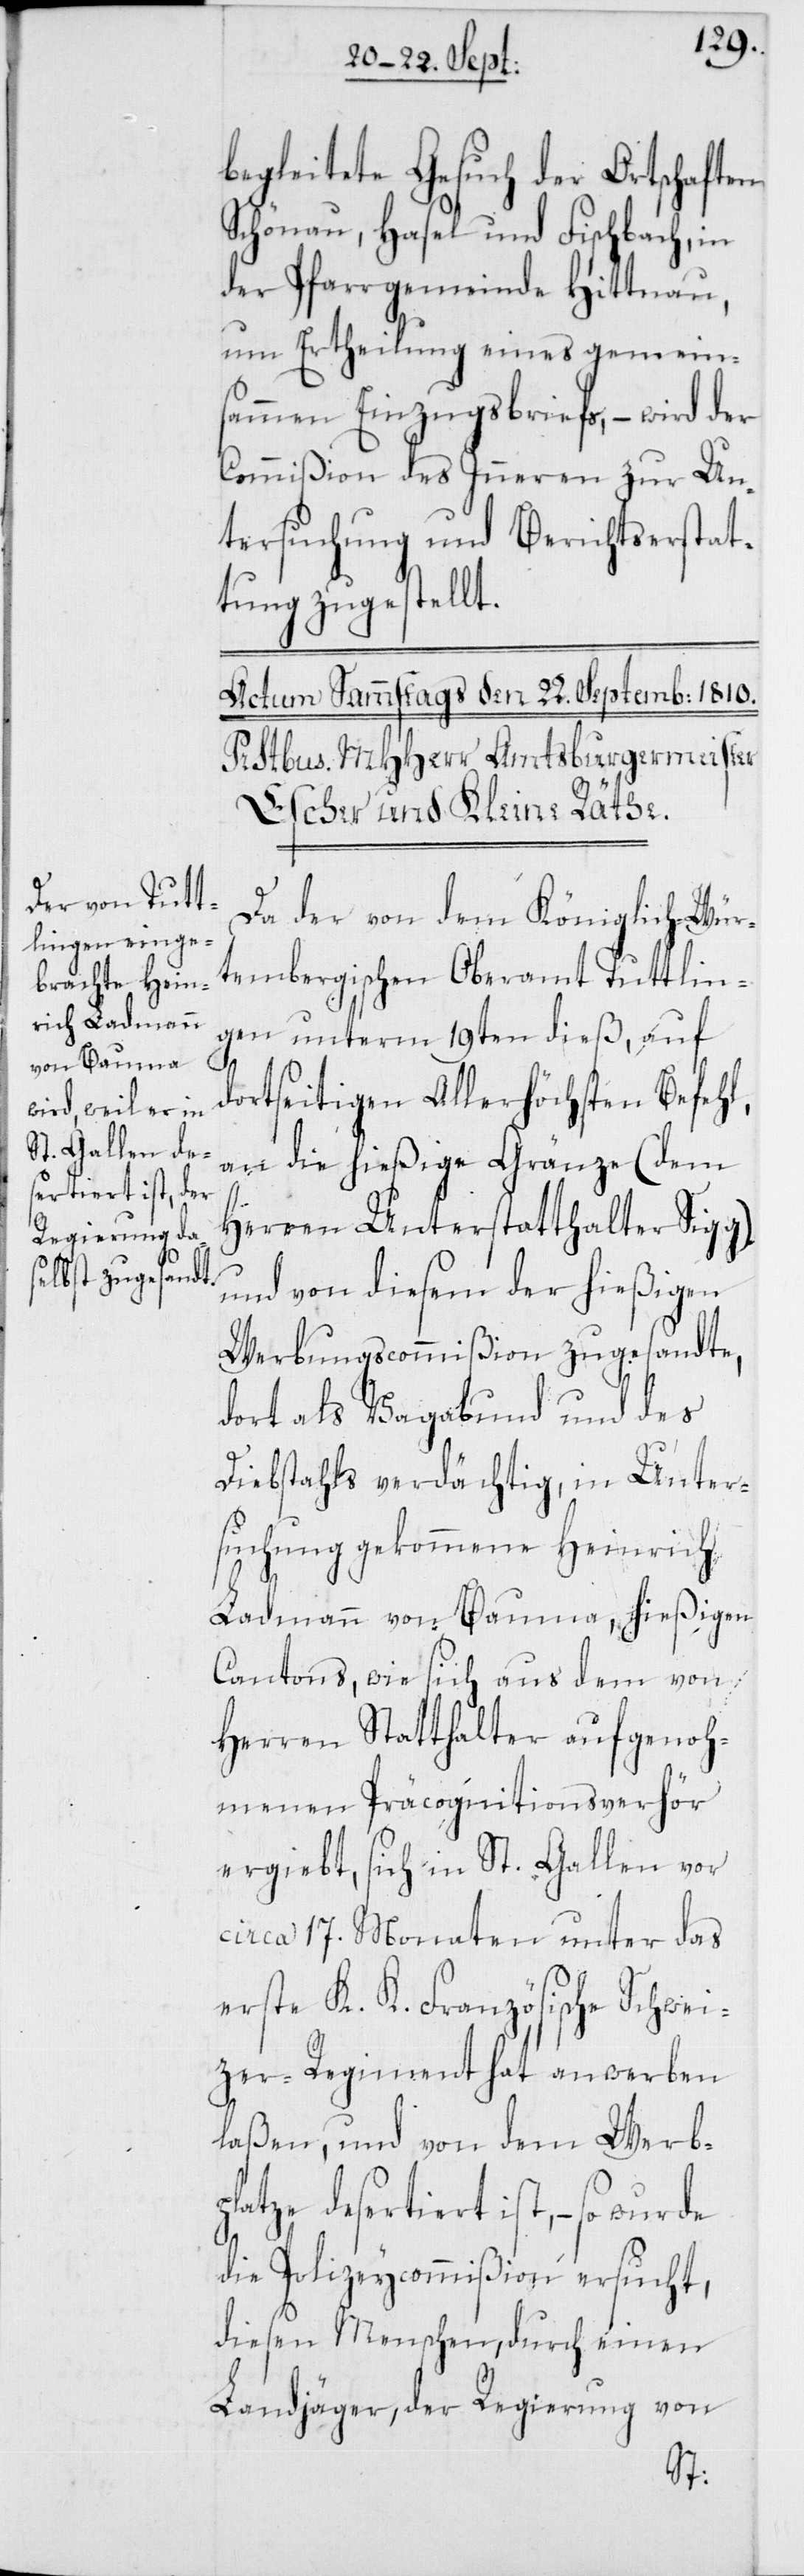
begleitete Gesuch der Ortschaften
Schönau, Hasel und Fischbach, in
der Pfarrgemeinde Hittnau,
um Ertheilung eines gemeins¬
ammen Einzugsbriefs, – wird der
Commißion des Inneren zur Un¬
tersuchung und Berichtserstat¬
tung zugestellt.
Da der von dem Königlich-Wür¬
tembergischen Oberamt Tuttlin¬
gen unterm 19ten dieß, auf
dortseitigen Allerhöchsten Befehl,
an die hießige Gränze (dem
Herren Unterstatthalter Sigg)
und von diesem der hießigen
Werbungscommißion zugesandte,
dort als Vagabund und des
Diebstahls verdächtig, in Unter¬
suchung gekommene Heinrich
Ladmann von Bauma, hießigen
Cantons, wie sich aus dem von
Herren Statthalter aufgenoh¬
menen Präcognitionsverhör
ergiebt, sich in St. Gallen vor
circa 17. Monaten unter das
erste K. K. Französische Schwei¬
zer-Regiment hat anwerben
laßen, und von dem Werb¬
platze desertiert ist, – so
die Polizeycommißion ersucht,
diesen Menschen, durch einen
Landjäger, der Regierung von